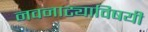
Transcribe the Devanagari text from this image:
नवनाट्याविषयी